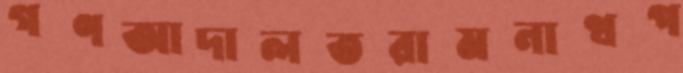
গণআদালতরামনাথপ